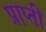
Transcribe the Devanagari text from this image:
प्राप्ती